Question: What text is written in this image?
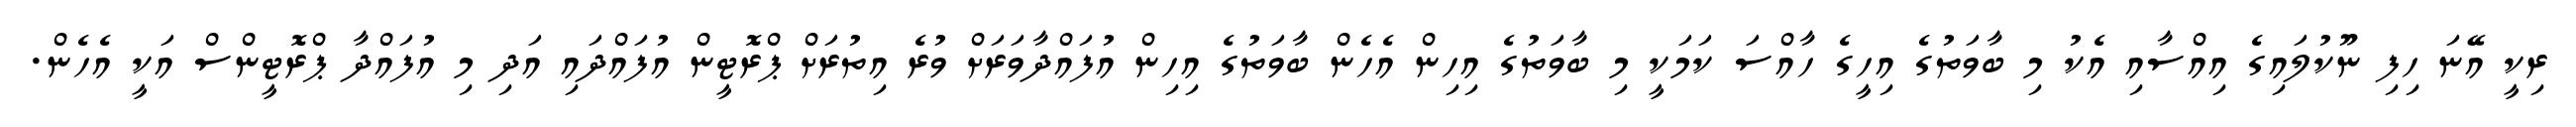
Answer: ރިކީ އޭނަ ހިފި ނޫކުލައިގެ އިއްސާއި އެކު މި ބާވަތުގެ އިހީގެ ހާއްސަ ކަމަކީ މި ބާވަތުގެ އިހިން އެހެން ބާވަތުގެ އިހިން އުފައްދާވަރަށް ވުރެ އިތުރަށް ޕްރޮޓީން އުފައްދައި އަދި މި އުފައްދާ ޕްރޮޓީންސް އަކީ އެހެން.